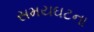
સમયઘટના